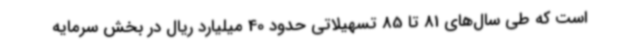
است که طی سال‌های 81 تا 85 تسهیلاتی حدود 40 میلیارد ریال در بخش سرمایه